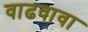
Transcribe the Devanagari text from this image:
वाढवावा